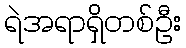
ရဲအရာရှိတစ်ဦး